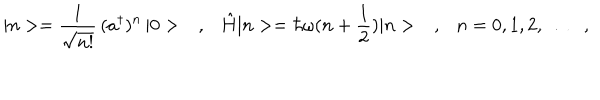
LaTeX: | n > = \frac { 1 } { \sqrt { n ! } } \, ( a ^ { \dagger } ) ^ { n } \, | 0 > \ \ \ , \ \ \ \hat { H } | n > = \hbar \omega ( n + \frac { 1 } { 2 } ) | n > \ \ \ , \ \ \ n = 0 , 1 , 2 , \dots \ \ \ ,